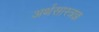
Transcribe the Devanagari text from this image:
अर्थसास्त्रज्ञ